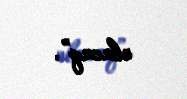
olacaq”.